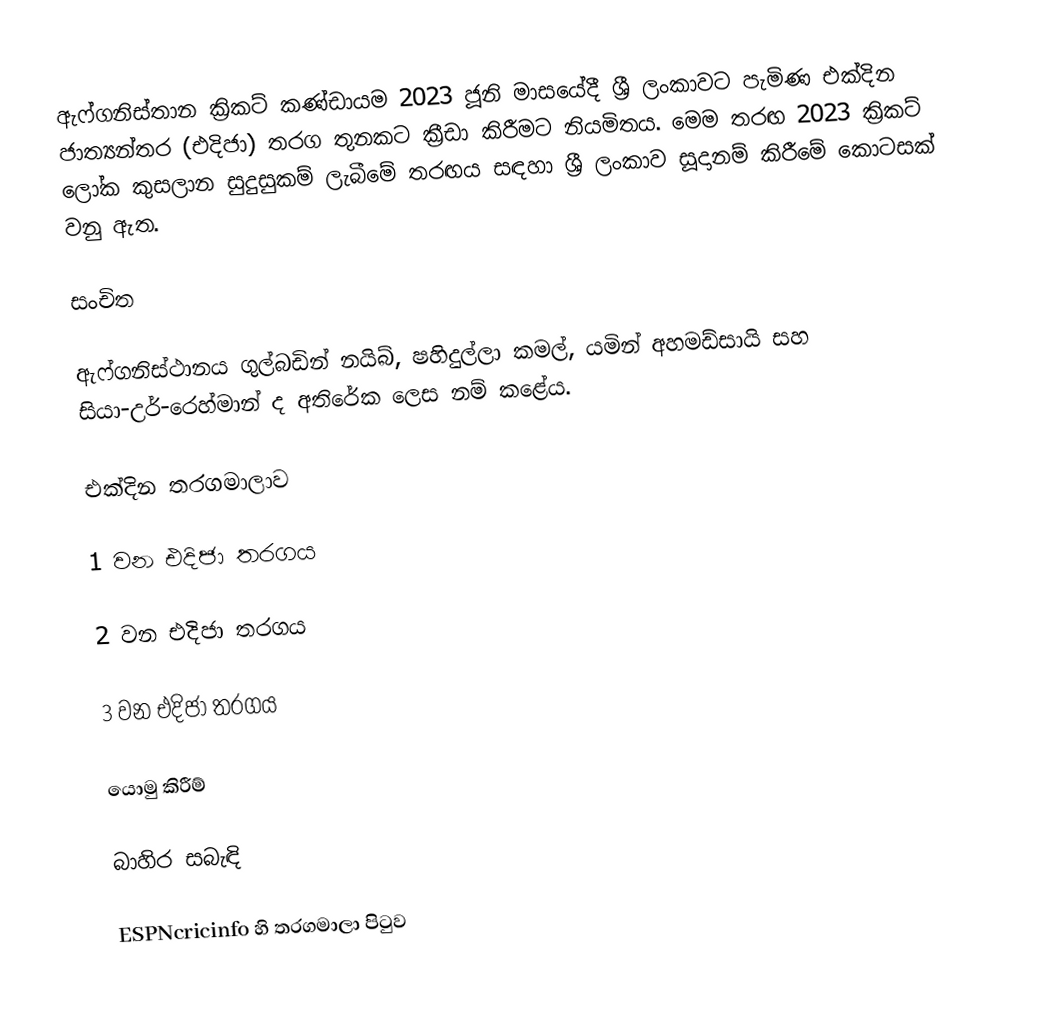
ඇෆ්ගනිස්තාන ක්‍රිකට් කණ්ඩායම 2023 ජූනි මාසයේදී ශ්‍රී ලංකාවට පැමිණ එක්දින ජාත්‍යන්තර (එදිජා) තරග තුනකට ක්‍රීඩා කිරීමට නියමිතය. මෙම තරඟ 2023 ක්‍රිකට් ලෝක කුසලාන සුදුසුකම් ලැබීමේ තරඟය සඳහා ශ්‍රී ලංකාව සූදානම් කිරීමේ කොටසක් වනු ඇත.

සංචිත

ඇෆ්ගනිස්ථානය ගුල්බඩින් නයිබ්, ෂහිදුල්ලා කමල්, යමින් අහමඩ්සායි සහ සියා-උර්-රෙහ්මාන් ද අතිරේක ලෙස නම් කළේය.

එක්දින තරගමාලාව

1 වන එදිජා තරගය

2 වන එදිජා තරගය

3 වන එදිජා තරගය

යොමු කිරීම්

බාහිර සබැඳි

 ESPNcricinfo හි තරගමාලා පිටුව